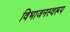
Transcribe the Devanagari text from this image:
विभाजनस्वरूप